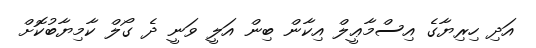
އަދި ހިރިޔާގެ އިސްމާޢީލް އިކާން ބިން އަލީ ވަނީ ދެ ގޯލް ކާމިޔާބުކޮށް